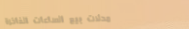
محلات بيع الساعات الفاخرة